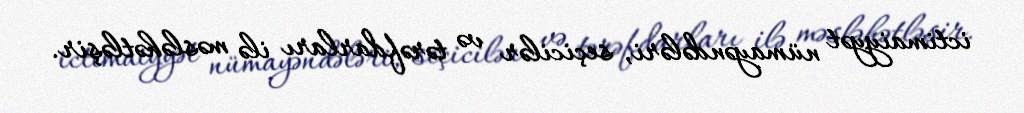
ictimaiyyət nümayəndələri, seçicilər və tərəfdarları ilə məsləhətləşir.